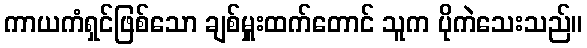
ကာယကံရှင်ဖြစ်သော ချစ်မှူးထက်တောင် သူက ပိုကဲသေးသည်။